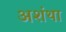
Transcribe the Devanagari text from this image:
अशंथा